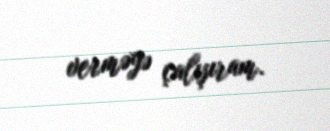
verməyə çalışıram.